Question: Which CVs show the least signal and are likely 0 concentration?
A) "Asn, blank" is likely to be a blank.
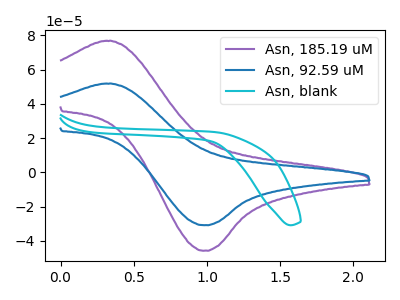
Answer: <think>The purple curve "Asn, 185.19 uM" has an anodic peak at (0.35V, 76.90uA) and a cathodic peak at (0.95V, -45.85uA). The blue curve "Asn, 92.59 uM" has an anodic peak at (0.35V, 51.90uA) and a cathodic peak at (0.95V, -30.95uA). The cyan curve "Asn, blank" has no peaks.</think>
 <answer>A) "Asn, blank" is likely to be a blank.</answer>
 <eval>A</eval>